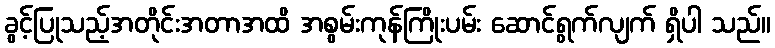
ခွင့်ပြုသည့်အတိုင်းအတာအထိ အစွမ်းကုန်ကြိုးပမ်း ဆောင်ရွက်လျက် ရှိပါ သည်။